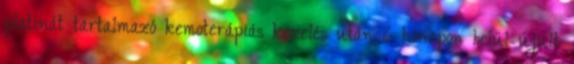
platinát tartalmazó kemoterápiás kezelés után 6 hónapon belül újult